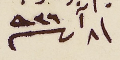
/ ٨ آب ١٩٣٦